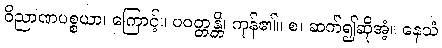
ဝိညာဏပစ္စယာ၊ ကြောင့်။ ပဝတ္တန္တိ၊ ကုန်၏။ စ၊ ဆက်၍ဆိုအံ့။ နေသံ